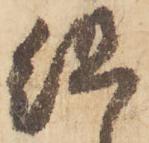
組